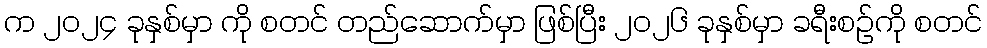
က ၂၀၂၄ ခုနှစ်မှာ ကို စတင် တည်ဆောက်မှာ ဖြစ်ပြီး ၂၀၂၆ ခုနှစ်မှာ ခရီးစဉ်ကို စတင်